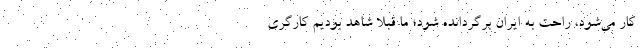
کار می‌شود، راحت به ایران برگردانده شود؛ ما قبلاً شاهد بودیم کارگری